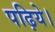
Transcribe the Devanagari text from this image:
पढ़िये।